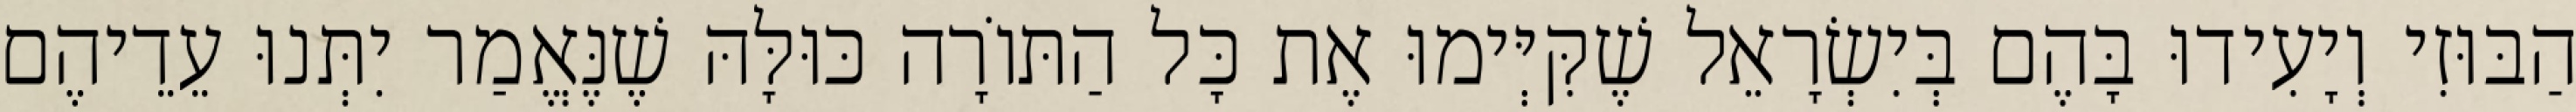
הַבּוּזִי וְיָעִידוּ בָּהֶם בְּיִשְׂרָאֵל שֶׁקִּיְּימוּ אֶת כָּל הַתּוֹרָה כּוּלָּהּ שֶׁנֶּאֱמַר יִתְּנוּ עֵדֵיהֶם